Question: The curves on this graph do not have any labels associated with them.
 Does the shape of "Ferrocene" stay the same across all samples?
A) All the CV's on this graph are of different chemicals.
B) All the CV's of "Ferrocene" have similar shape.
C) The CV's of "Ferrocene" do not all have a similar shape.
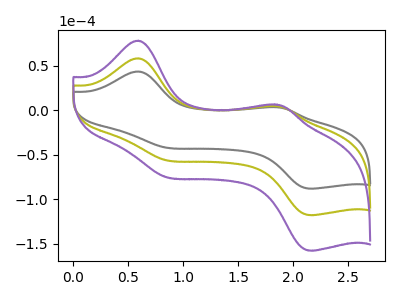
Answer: <think>The gray curve "gray" has anodic peaks at (0.60V, 43.75uA) (1.85V, 3.65uA) and cathodic peaks at (0.80V, -41.30uA) (2.15V, -87.95uA). The olive curve "olive" has anodic peaks at (0.60V, 58.60uA) (1.85V, 4.90uA) and cathodic peaks at (0.80V, -55.30uA) (2.15V, -117.75uA). The purple curve "purple" has anodic peaks at (0.60V, 117.20uA) (1.85V, 9.85uA) and cathodic peaks at (0.80V, -110.60uA) (2.15V, -235.45uA).
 All the peaks in "gray" have a peak in "olive" at the same potential. Every peak in "gray" is lower than every peak in "olive". All the peaks in "gray" have a peak in "purple" at the same potential. Every peak in "gray" is lower than every peak in "purple". All the peaks in "olive" have a peak in "purple" at the same potential. Every peak in "olive" is lower than every peak in "purple".</think>
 <answer>B) All the CV's of "Ferrocene" have similar shape.</answer>
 <eval>B</eval>